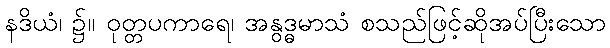
နဒိယံ၊ ၌။ ဝုတ္တပကာရေ၊ အနွဒ္ဓမာသံ စသည်ဖြင့်ဆိုအပ်ပြီးသော